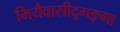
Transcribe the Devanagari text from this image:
भियैवासीद्गङ्गा